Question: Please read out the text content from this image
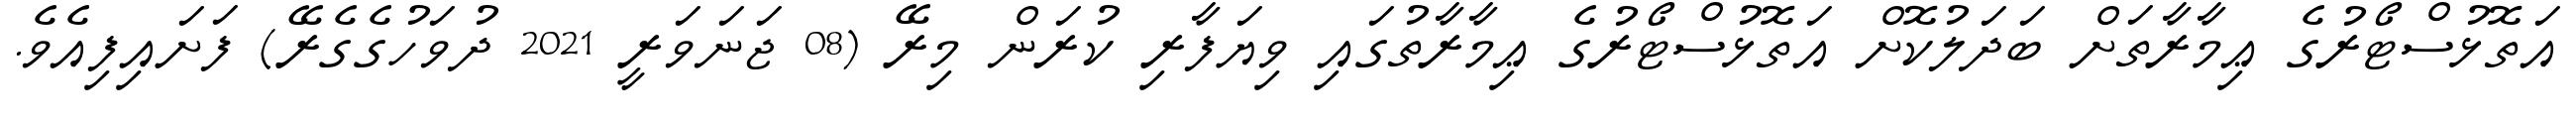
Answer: އަތޮޅުސްޓޯރުގެ ޢިމާރާތަށް ބަދަލުކޮށް އަތޮޅުސްޓޯރުގެ ޢިމާރާތުގައި ވިޔަފާރި ކުރަން މިރޭ (08 ޖަނަވަރީ 2021 ދުވަހުގެގެރޭ) ފަށައިފިއެވެ.